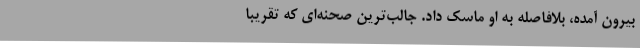
بیرون آمده، بلافاصله به او ماسک داد. جالب‌ترین صحنه‌ای که تقریباً